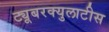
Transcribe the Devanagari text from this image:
ट्यूबरक्युलाटीस